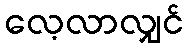
လေ့လာလျှင်